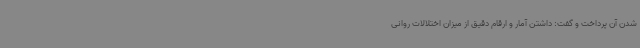
شدن آن پرداخت و گفت: داشتن آمار و ارقام دقیق از میزان اختلالات روانی